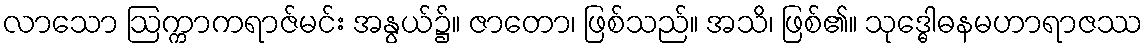
လာသော ဩက္ကာကရာဇ်မင်း အနွယ်၌။ ဇာတော၊ ဖြစ်သည်။ အသိ၊ ဖြစ်၏။ သုဒ္ဓေါဓနမဟာရာဇဿ